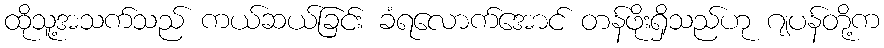
ထိုသူ့အသက်သည် ကယ်ဆယ်ခြင်း ခံရလောက်အောင် တန်ဖိုးရှိသည်ဟု ဂျပန်တို့က